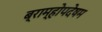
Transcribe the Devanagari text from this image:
ब्राम्होपदेषम